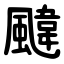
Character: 颹